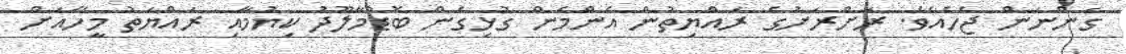
ގަންނަން ޖެހެއެވެ. ރަށްރަށުގެ ރައްޔިތުން އެންމެން ގުޅިގެން ބޮޑުމާލޫދު ކިޔުމާއި ރައްޔަތު މީހާއަށް